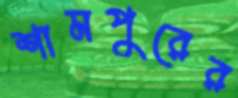
শামপুরের